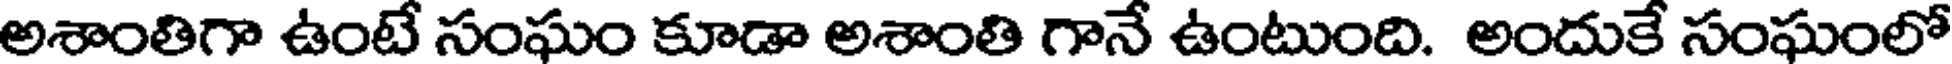
అశాంతిగా ఉంటే సంఘం కూడా అశాంతి గానే ఉంటుంది. అందుకే సంఘంలో